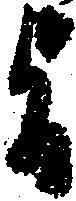
旨